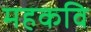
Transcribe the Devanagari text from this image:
महकवि